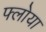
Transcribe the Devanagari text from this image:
फ्लोया